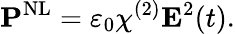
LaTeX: \mathbf{P}^{\mathrm{NL}}=\varepsilon_{0}\chi^{(2)}\mathbf{E}^{2}(t).